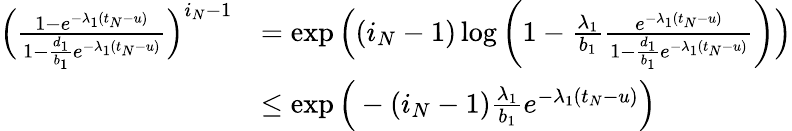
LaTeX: \begin{array}{rl}{\Big(\frac{1-e^{-\lambda_{1}(t_{N}-u)}}{1-\frac{d_{1}}{b_{1}}e^{-\lambda_{1}(t_{N}-u)}}\Big)^{i_{N}-1}}&{=\exp\Big((i_{N}-1)\log\left(1-\frac{\lambda_{1}}{b_{1}}\frac{e^{-\lambda_{1}(t_{N}-u)}}{1-\frac{d_{1}}{b_{1}}e^{-\lambda_{1}(t_{N}-u)}}\right)\Big)}\\ &{\leq\exp\Big(-(i_{N}-1)\frac{\lambda_{1}}{b_{1}}e^{-\lambda_{1}(t_{N}-u)}\Big)}\end{array}